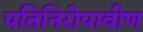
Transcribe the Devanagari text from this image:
पतिनिरोपावीण